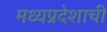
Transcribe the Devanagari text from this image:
मध्‍यप्रदेशाची